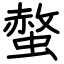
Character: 螫